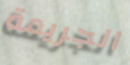
الجريمة